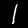
Digit: 1